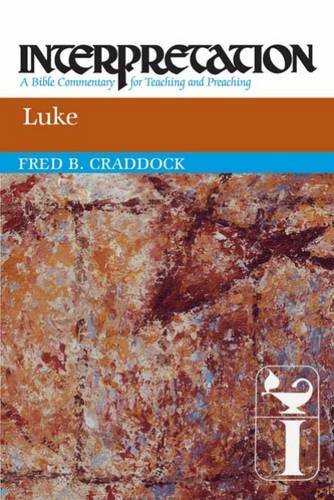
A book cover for Luke: Interpretation: A Bible Commentary for Teaching and Preaching; Fred B. Craddock; Christian Books & Bibles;